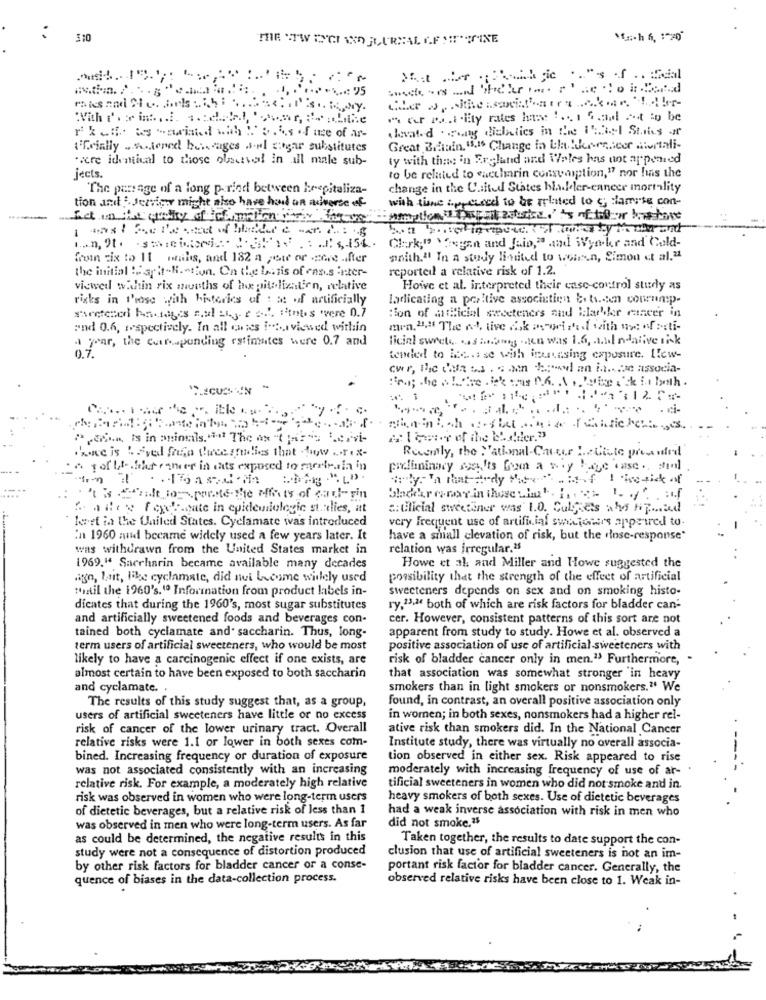
310
THE TW ICI ANO FLUREAL AF !IT'SMINE
" eer ra.t .lity rates hase !... 1 5 .adl At to be
r ket. as - awind with :' S.As of use of ar-
thevat. d . any dialetics in the 11 :... 1 Staris -f
Frially ...... ioned betrages a.rl sogar substitutes
Great Britain "." Change in Lla blesesseor Mortali-
"acre identical to those olacivel in all male sub-
ly with the in England and Wales has not appemed
to be related to aecharin consumption,"7 nor has the
jects.
The passage of a long period between hospitaliza-
change in the United States hadler-cancer mortality
with time iproceed to be related to c; famose con-
tion and ; Jerrica might also have had an adverse of
hon havel in apuce of ere ty Membran
Clark;" Gegen and Jaio," and Wyncke and Cold-
from six to 11 mails, and 182 a pour or -core .ifter
snith."! In a study limited to wons,n, Simon et al.21
the initial :" sph-M .- tion. On the basis of cars inter-
reported a relative risk of 1.2.
viewed within rix months of lox pitolientien, relative
Howe et al. interpreted their case-control study as
risks in those with histories of : se of artificially
ladicating a positive associatien bi tiden conrum:p-
:ion of antHicial sweeteners aud Hlachler cancer in
sheeterod handles nul zes rood. sitotes were 0.7
and 0.6, respectively. In all owies i.t ., viewed within
men, "," The auf, tive dak os-oeiras with uw: of acti-
a year, the curepending estimates were 0.7 and
licial swrete das honig .. en was 1.6, 1.il ndanive tisk
0.7.
tended to incesse with inmunsing exposure. Ilew-
cwr, the data ca . son brand an in one associa-
ible .. ..
com is in animals. " The as tjarsu gervi-
Recently, the National-Causes LeChte presided
& fof life .huut ramer in sats exposed to moreirala in
pixliminacy sveits Gom a w .y Paye case .. : mm]
Sottoposte the effects of carl- sin
t acey forcreate in epidemiologic stalies, at
:: Clicial sweetener was 1.0. Culguess who Hyped
leret in the United States. Cyclamate was introduced
very Frequent use of artificial suapeters appeared to.
In 1960 and became widely used a few years later. It
have a small elevation of risk, but the close-response"
was withdrawn from the United States market in
relation was irregular.25
1969." Saccharin became available many decades
Howe et al and Miller and Howe suggested the
ago, Lait, like cyclamate, did nei become widely used
possibility that the strength of the effect of artificial
"until the 1960's." Information from product labels in-
sweeteners depends on sex and on smoking histo-
dicates that during the 1960's, most sugar substitutes
ry,13.ª both of which are risk factors for bladder can-
and artificially sweetened foods and beverages con-
cer. However, consistent patterns of this sort are not
apparent from study to study. Howe et al. observed a
tained both cyclamate and saccharin. Thus, long-
term users of artificial sweeteners, who would be most
positive association of use of artificial sweeteners with
likely to have a carcinogenic effect if one exists, are
risk of bladder cancer only in men."> Furthermore, .
almost certain to have been exposed to both saccharin
that association was somewhat stronger "in heavy
and cyclamate. .
smokers than in light smokers or nonsmokers." We
The results of this study suggest that, as a group,
found, in contrast, an overall positive association only
users of artificial sweeteners have little or no excess
in women; in both sexes, nonsmokers had a higher rel-
risk of cancer of the lower urinary tract. Overall
ative risk than smokers did. In the National Cancer
relative risks were 1.1 or lower in both sexes com-
Institute study, there was virtually no overall associa-
---
bined. Increasing frequency or duration of exposure
tion observed in either sex. Risk appeared to rise
was not associated consistently with an increasing
moderately with increasing frequency of use of ar-
relative risk. For example, a moderately high relative
tificial sweeteners in women who did not smoke and in.
risk was observed in women who were long-term users
heavy smokers of both sexes. Use of dietetic beverages
of dietetic beverages, but a relative risk of less than 1
had a weak inverse association with risk in men who
did not smoke."
was observed in men who were long-term users. As far
as could be determined, the negative results in this
Taken together, the results to date support the con-
study were not a consequence of distortion produced
clusion that use of artificial sweeteners is not an im-
by other risk factors for bladder cancer or a conse-
portant risk factor for bladder cancer. Generally, the
quence of biases in the data-collection process.
observed relative risks have been close to 1. Weak in-